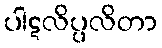
ပါဋလိပ္ပလိတာ